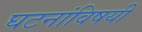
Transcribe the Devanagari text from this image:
घटनांविषयी